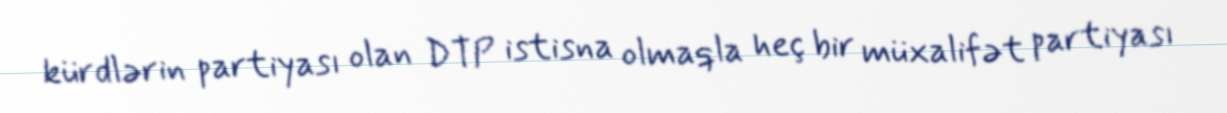
kürdlərin partiyası olan DTP istisna olmaqla heç bir müxalifət partiyası